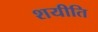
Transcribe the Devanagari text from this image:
शयीति